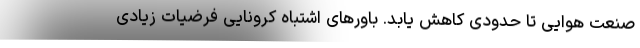
صنعت هوایی تا حدودی کاهش یابد. باورهای اشتباه کرونایی فرضیات زیادی